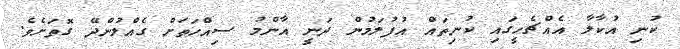
ކުނި އުކާލާ އެއްޗެހީގައި ކުނިތައް އުފުލަމުން ދަނީ އާންމު ސިއްހަތަށް ގެއްލުންދޭ ގޮތަށެވެ.